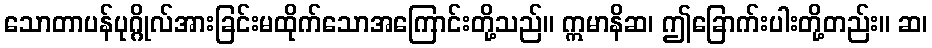
သောတာပန်ပုဂ္ဂိုလ်အားခြင်းမထိုက်သောအကြောင်းတို့သည်။ ဣမာနိဆ၊ ဤခြောက်းပါးတို့တည်း။ ဆ၊